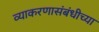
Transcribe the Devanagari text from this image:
व्याकरणासंबंधीच्या